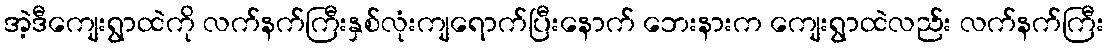
အဲ့ဒီကျေးရွာထဲကို လက်နက်ကြီးနှစ်လုံးကျရောက်ပြီးနောက် ဘေးနားက ကျေးရွာထဲလည်း လက်နက်ကြီး